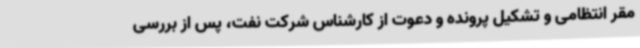
مقر انتظامی و تشکیل پرونده و دعوت از کارشناس شرکت نفت، پس از بررسی